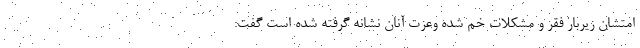
امتشان زیربار فقر و مشکلات خم شده وعزت آنان نشانه گرفته شده است گفت: